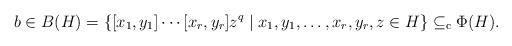
LaTeX: \begin{align*} b \in B(H) = \{ [x_1,y_1] \cdots [x_r,y_r] z^q \mid x_1, y_1, \dots, x_r, y_r, z \in H \} \subseteq_\mathrm{c} \Phi(H). \end{align*}